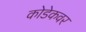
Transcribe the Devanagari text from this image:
कोडेकवर